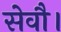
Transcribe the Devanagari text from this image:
सेवाै।